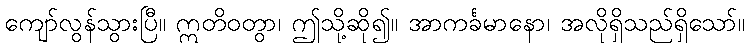
ကျော်လွန်သွားပြီ။ ဣတိဝတွာ၊ ဤသို့ဆို၍။ အာကင်္ခမာနော၊ အလိုရှိသည်ရှိသော်။